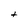
Character: t